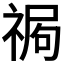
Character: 𥚍